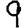
Digit: 9